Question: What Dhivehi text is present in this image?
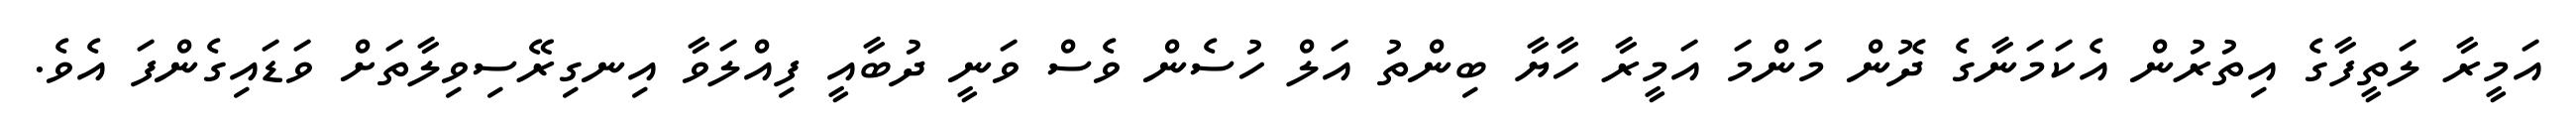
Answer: އަމީރާ ލަތީފާގެ އިތުރުން އެކަމަނާގެ ދޮން މަންމަ އަމީރާ ހާޔާ ބިންތު އަލް ހުސެން ވެސް ވަނީ ދުބާއީ ފިއްލަވާ އިނގިރޭސިވިލާތަށް ވަޑައިގެންފަ އެވެ.